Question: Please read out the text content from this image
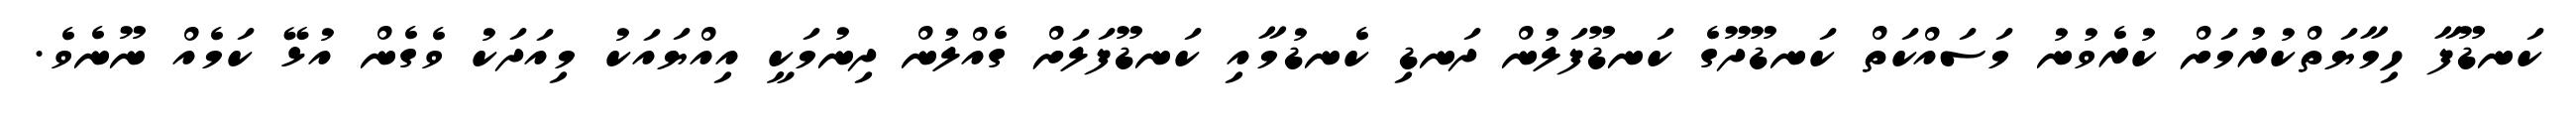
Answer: ކަނޑޫފާ ހިމާޔަތްކުރުމަށް ކުރެވުނު މަސައްކަތް ކަނޑޫދޫގެ ކަނޑޫފަލުން ދަނޑި ކެނޑުމާއި ކަނޑޫފަލަށް ގެއްލުން ދިނުމަކީ އިއްޔައަކު މިއަދަކު ވެގެން އުޅޭ ކަމެއް ނޫނެވެ.